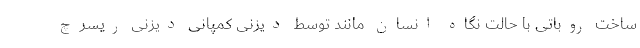
ساخت روباتی با حالت نگاه انسان مانند توسط دیزنی کمپانی دیزنی ریسرچ